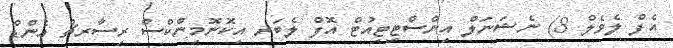
އެފް ލެވެލް 8) ނެޝަނަލް އިންސްޓިޓިއުޓް އޮފް ލެބަރ އިކޮނޮމިންކްސް ރިސާރޗް އެންޑް